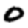
Digit: 0